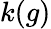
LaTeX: k(g)